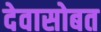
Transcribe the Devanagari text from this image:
देवासोबत